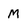
Character: M